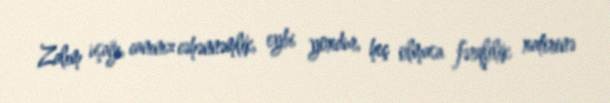
Zalım uşağı, canınız cəhənnəmlik, eybi yoxdur, heç olmasa fərqlilik xatirinə